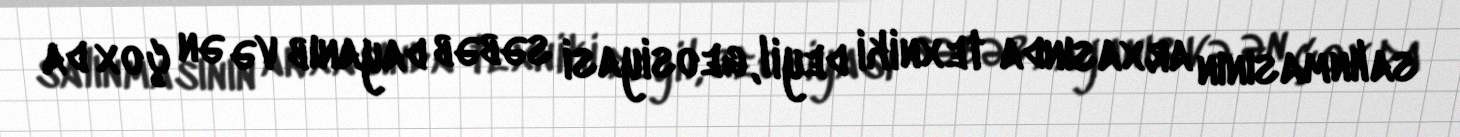
salınmasının arxasında texniki deyil, geosiyasi səbəb dayanıb və ən çox da